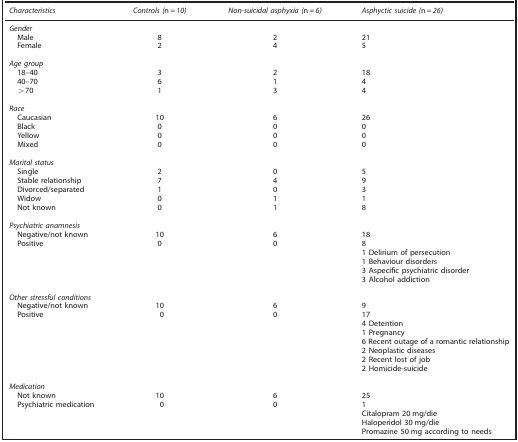
<table><thead><tr><td><b><i>Characteristics</i></b></td><td><b><i>Controls (</i>n<i>=10)</i></b></td><td><b><i>Non-suicidal asphyxia (</i>n<i>=6)</i></b></td><td><b><i>Asphyctic suicide (</i>n<i>=26)</i></b></td></tr></thead><tbody><tr><td colspan="4"><i>Gender</i></td></tr><tr><td> Male</td><td>8</td><td>2</td><td>21</td></tr><tr><td> Female</td><td>2</td><td>4</td><td>5</td></tr><tr><td>[EMPTY_CELL]</td><td>[EMPTY_CELL]</td><td>[EMPTY_CELL]</td><td>[EMPTY_CELL]</td></tr><tr><td colspan="4"><i>Age group</i></td></tr><tr><td> 18–40</td><td>3</td><td>2</td><td>18</td></tr><tr><td> 40–70</td><td>6</td><td>1</td><td>4</td></tr><tr><td> &gt;70</td><td>1</td><td>3</td><td>4</td></tr><tr><td>[EMPTY_CELL]</td><td>[EMPTY_CELL]</td><td>[EMPTY_CELL]</td><td>[EMPTY_CELL]</td></tr><tr><td colspan="4"><i>Race</i></td></tr><tr><td> Caucasian</td><td>10</td><td>6</td><td>26</td></tr><tr><td> Black</td><td>0</td><td>0</td><td>0</td></tr><tr><td> Yellow</td><td>0</td><td>0</td><td>0</td></tr><tr><td> Mixed</td><td>0</td><td>0</td><td>0</td></tr><tr><td>[EMPTY_CELL]</td><td>[EMPTY_CELL]</td><td>[EMPTY_CELL]</td><td>[EMPTY_CELL]</td></tr><tr><td colspan="4"><i>Marital status</i></td></tr><tr><td> Single</td><td>2</td><td>0</td><td>5</td></tr><tr><td> Stable relationship</td><td>7</td><td>4</td><td>9</td></tr><tr><td> Divorced/separated</td><td>1</td><td>0</td><td>3</td></tr><tr><td> Widow</td><td>0</td><td>1</td><td>1</td></tr><tr><td> Not known</td><td>0</td><td>1</td><td>8</td></tr><tr><td>[EMPTY_CELL]</td><td>[EMPTY_CELL]</td><td>[EMPTY_CELL]</td><td>[EMPTY_CELL]</td></tr><tr><td colspan="4"><i>Psychiatric anamnesis</i></td></tr><tr><td> Negative/not known</td><td>10</td><td>6</td><td>18</td></tr><tr><td> Positive</td><td>0</td><td>0</td><td>8</td></tr><tr><td>[EMPTY_CELL]</td><td>[EMPTY_CELL]</td><td>[EMPTY_CELL]</td><td>1 Delirium of persecution</td></tr><tr><td>[EMPTY_CELL]</td><td>[EMPTY_CELL]</td><td>[EMPTY_CELL]</td><td>1 Behaviour disorders</td></tr><tr><td>[EMPTY_CELL]</td><td>[EMPTY_CELL]</td><td>[EMPTY_CELL]</td><td>3 Aspecific psychiatric disorder</td></tr><tr><td>[EMPTY_CELL]</td><td>[EMPTY_CELL]</td><td>[EMPTY_CELL]</td><td>3 Alcohol addiction</td></tr><tr><td>[EMPTY_CELL]</td><td>[EMPTY_CELL]</td><td>[EMPTY_CELL]</td><td>[EMPTY_CELL]</td></tr><tr><td colspan="4"><i>Other stressful conditions</i></td></tr><tr><td> Negative/not known</td><td>10</td><td>6</td><td>9</td></tr><tr><td> Positive</td><td>0</td><td>0</td><td>17</td></tr><tr><td>[EMPTY_CELL]</td><td>[EMPTY_CELL]</td><td>[EMPTY_CELL]</td><td>4 Detention</td></tr><tr><td>[EMPTY_CELL]</td><td>[EMPTY_CELL]</td><td>[EMPTY_CELL]</td><td>1 Pregnancy</td></tr><tr><td>[EMPTY_CELL]</td><td>[EMPTY_CELL]</td><td>[EMPTY_CELL]</td><td>6 Recent outage of a romantic relationship</td></tr><tr><td>[EMPTY_CELL]</td><td>[EMPTY_CELL]</td><td>[EMPTY_CELL]</td><td>2 Neoplastic diseases</td></tr><tr><td>[EMPTY_CELL]</td><td>[EMPTY_CELL]</td><td>[EMPTY_CELL]</td><td>2 Recent lost of job</td></tr><tr><td>[EMPTY_CELL]</td><td>[EMPTY_CELL]</td><td>[EMPTY_CELL]</td><td>2 Homicide-suicide</td></tr><tr><td>[EMPTY_CELL]</td><td>[EMPTY_CELL]</td><td>[EMPTY_CELL]</td><td>[EMPTY_CELL]</td></tr><tr><td colspan="4"><i>Medication</i></td></tr><tr><td> Not known</td><td>10</td><td>6</td><td>25</td></tr><tr><td> Psychiatric medication</td><td>0</td><td>0</td><td>1</td></tr><tr><td>[EMPTY_CELL]</td><td>[EMPTY_CELL]</td><td>[EMPTY_CELL]</td><td>Citalopram 20 mg/die</td></tr><tr><td>[EMPTY_CELL]</td><td>[EMPTY_CELL]</td><td>[EMPTY_CELL]</td><td>Haloperidol 30 mg/die</td></tr><tr><td>[EMPTY_CELL]</td><td>[EMPTY_CELL]</td><td>[EMPTY_CELL]</td><td>Promazine 50 mg according to needs</td></tr></tbody></table>